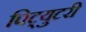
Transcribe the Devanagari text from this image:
पिट्युटरी